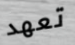
تعهد